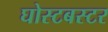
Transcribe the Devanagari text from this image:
घोस्टबस्टर